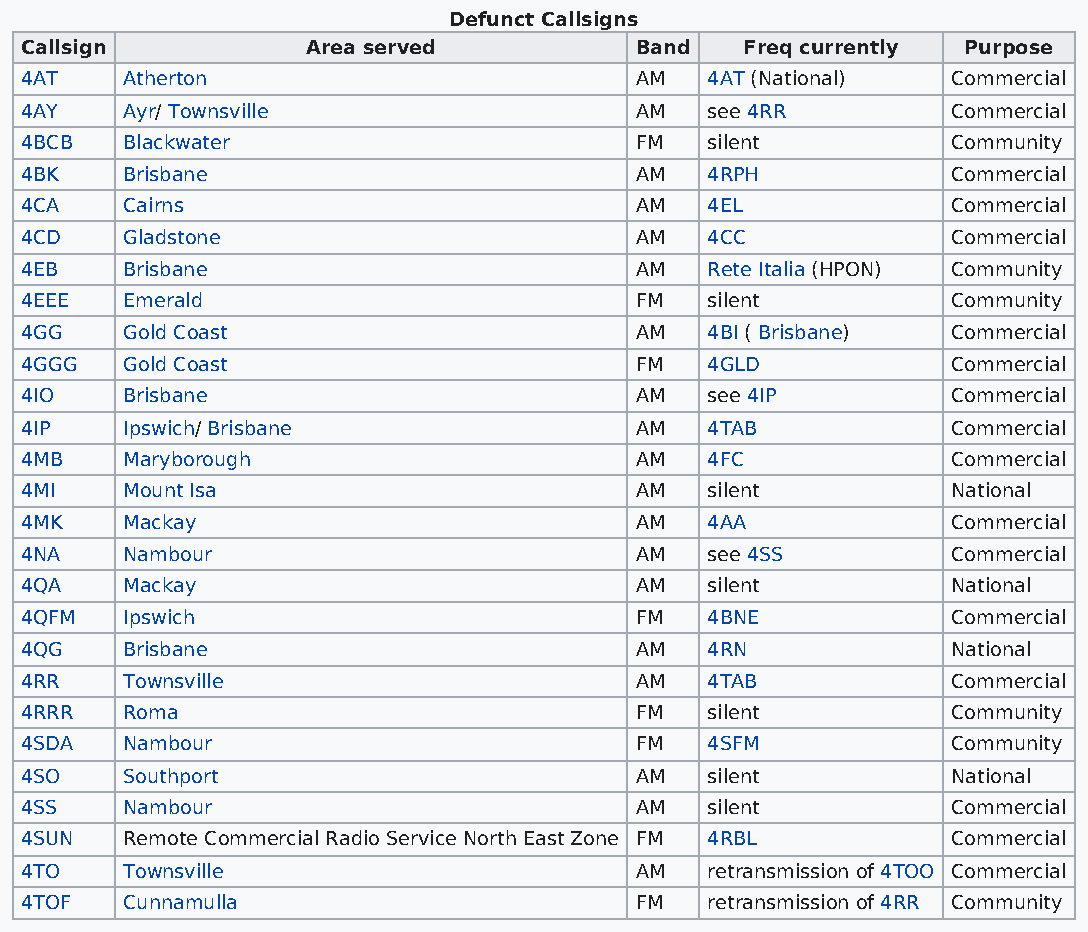
Defunct Callsigns
 Callsign           Area served           Band   Freq currently Purpose
 4AT    Atherton                          AM   4AT (National)  Commercial
 4AY    Ayr/ Townsville                   AM   see 4RR         Commercial
 4BCB   Blackwater                        FM   silent          Community
 4BK    Brisbane                          AM   4RPH            Commercial
 4CA    Cairns                            AM   4EL             Commercial
 4CD    Gladstone                         AM   4CC             Commercial
 4EB    Brisbane                          AM   Rete Italia (HPON) Community
 4EEE   Emerald                           FM   silent          Community
 4GG    Gold Coast                        AM   4BI ( Brisbane) Commercial
 4GGG   Gold Coast                        FM   4GLD            Commercial
 4IO    Brisbane                          AM   see 4IP         Commercial
 4IP    Ipswich/ Brisbane                 AM   4TAB            Commercial
 4MB    Maryborough                       AM   4FC             Commercial
 4MI    Mount Isa                         AM   silent          National
 4MK    Mackay                            AM   4AA             Commercial
 4NA    Nambour                           AM   see 4SS         Commercial
 4QA    Mackay                            AM   silent          National
 4QFM   Ipswich                           FM   4BNE            Commercial
 4QG    Brisbane                          AM   4RN             National
 4RR    Townsville                        AM   4TAB            Commercial
 4RRR   Roma                              FM   silent          Community
 4SDA   Nambour                           FM   4SFM            Community
 4SO    Southport                         AM   silent          National
 4SS    Nambour                           AM   silent          Commercial
 4SUN   Remote Commercial Radio Service North East Zone FM 4RBL Commercial
 4TO    Townsville                        AM   retransmission of 4TOO Commercial
 4TOF   Cunnamulla                        FM   retransmission of 4RR Community